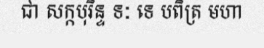
ជា សក្កបុរិន្ទ ទៈ ទេ បពិត្រ មហា